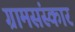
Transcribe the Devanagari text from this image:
ग्रामसंस्कार